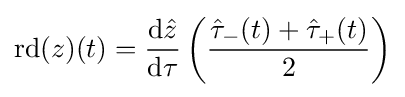
\mathrm {rd} (z)(t)={\frac {\mathrm {d} {\hat {z}}}{\mathrm {d} \tau }}\left({\frac {{\hat {\tau }}_{-}(t)+{\hat {\tau }}_{+}(t)}{2}}\right)